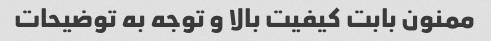
ممنون بابت کیفیت بالا و توجه به توضیحات